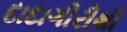
દાદાગીરીથી